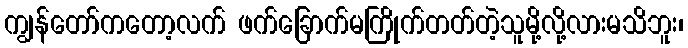
ကျွန်တော်ကတော့လက် ဖက်ခြောက်မကြိုက်တတ်တဲ့သူမို့လို့လားမသိဘူး၊